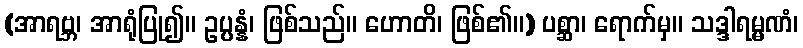
(အာရဗ္ဘ၊ အာရုံပြု၍။ ဥပ္ပန္နံ၊ ဖြစ်သည်။ ဟောတိ၊ ဖြစ်၏။) ပစ္ဆာ၊ ရောက်မှ။ သဒ္ဒါရမ္မဏံ၊